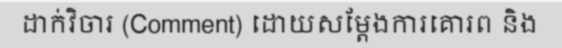
ដាក់វិចារ (Comment) ដោយសម្តែងការគោរព និង